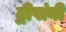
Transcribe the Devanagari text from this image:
द्वीपांनी